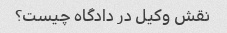
نقش وکیل در دادگاه چیست؟